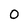
Character: 0